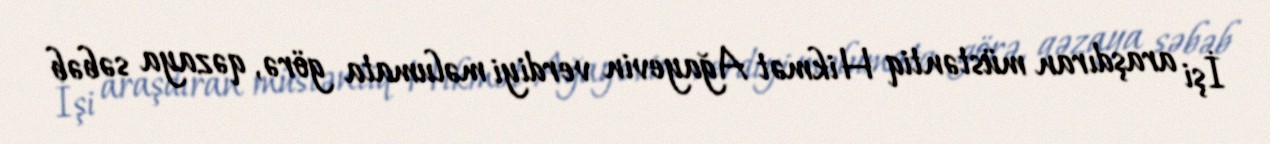
İşi araşdıran müstəntiq Hikmət Ağayevin verdiyi məlumata görə, qəzaya səbəb